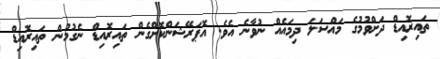
ތައިރޮއިޑް ދަށްވުމުގެ މައްސަލަ ދިމައެއް ނުވާނެ އެވެ. އޮޕަރޭޝަންކޮށްގެން ތައިރޮއިޑް ނެގުމުން ތައިރޮއިޑް